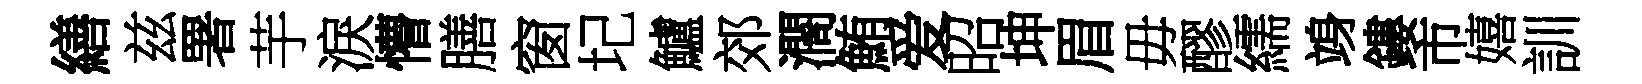
繕兹署芋淚懵膳窗圮鱸郊濶鮪爱昭坤眉毋醪繻竧鏤市嬉訓